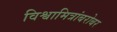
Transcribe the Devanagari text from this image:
विश्वामित्रांबरोबर